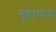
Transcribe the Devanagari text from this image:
गृहाचाच